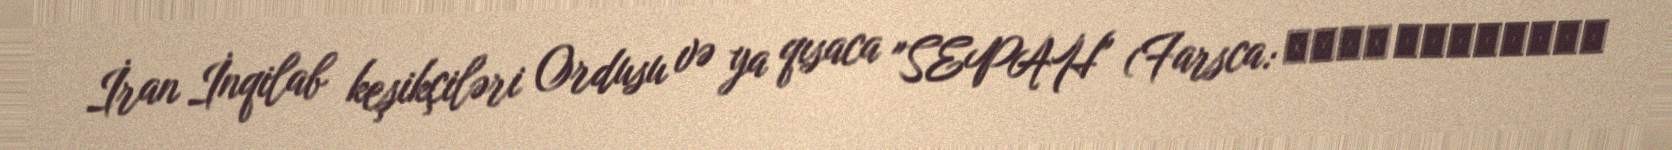
İran İnqilab keşikçiləri Ordusu və ya qısaca "SEPAH" (Farsca: سپاه پاسداران